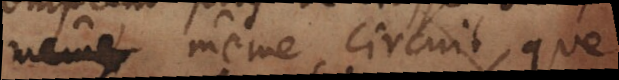
même même circuit, que